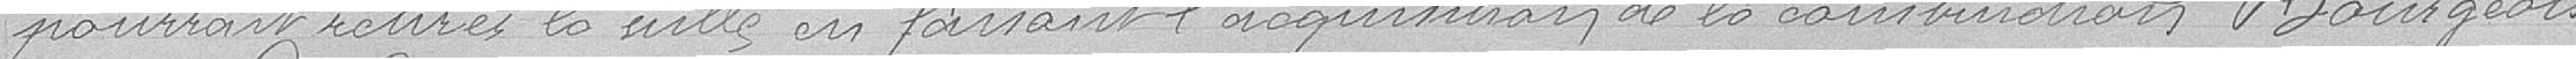
pourrait retirer la ville en faisant l'acquisition de la construction Bourgeois